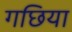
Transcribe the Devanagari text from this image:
गछिया